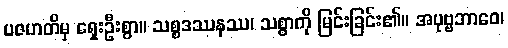
ပဇဟတိမှ ရှေးဦးစွာ။ သစ္စဒဿနဿ၊ သစ္စာကို မြင်းခြင်း၏။ အပုဗ္ဗဘာဝေ၊